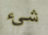
شيء